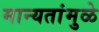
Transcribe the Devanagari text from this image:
मान्यतांमुळे